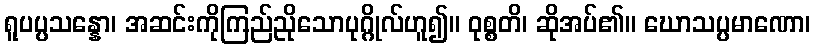
ရူပပ္ပသန္နော၊ အဆင်းကိုကြည်ညိုသောပုဂ္ဂိုလ်ဟူ၍။ ဝုစ္စတိ၊ ဆိုအပ်၏။ ဃောသပ္ပမာဏော၊